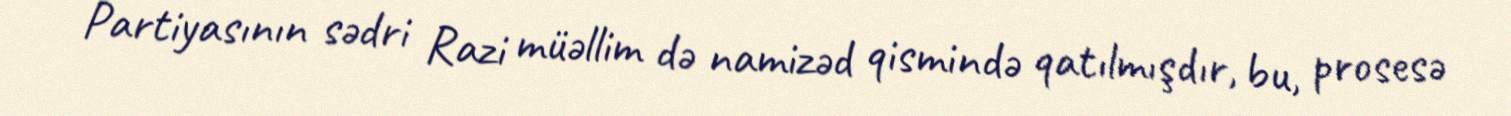
Partiyasının sədri Razi müəllim də namizəd qismində qatılmışdır, bu, prosesə